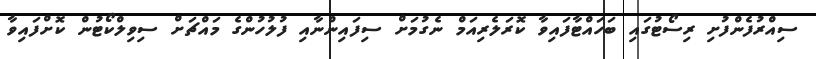
ސިއްރުފެންފުށި ރިސޯޓުގައި ބަހައްޓާފައިވާ ކޮރަލެރިއަމް ނެގުމަށް ސިފައިންނާއި ފުލުހުންގެ މައްޗަށް ސިވިލްކޯޓުން ކޮށްފައިވާ